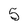
Character: 5